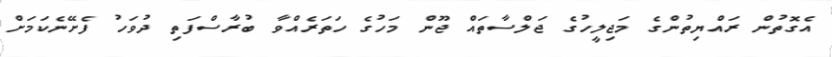
އެގޮތުން ރައްޔިތުންގެ މަޖިލީހުގެ ޖަލްސާތައް ޖޫން މަހުގެ ހަތަރެއްވާ ބުރާސްފަތި ދުވަހު ފެށޭނެކަމަށް